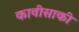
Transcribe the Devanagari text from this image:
कावीसाकी